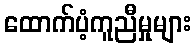
ထောက်ပံ့ကူညီမှုများ